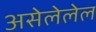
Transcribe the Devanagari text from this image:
असेलेलेल